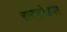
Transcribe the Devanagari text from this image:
राजद्रोहपर